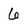
Character: 6